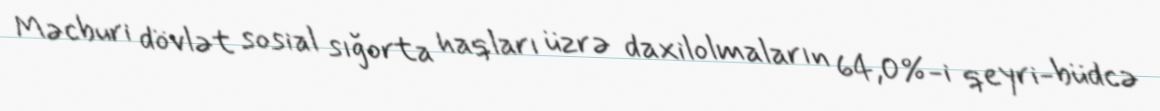
Məcburi dövlət sosial sığorta haqları üzrə daxilolmaların 64,0%-i qeyri-büdcə